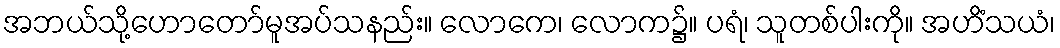
အဘယ်သို့ဟောတော်မူအပ်သနည်း။ လောကေ၊ လောက၌။ ပရံ၊ သူတစ်ပါးကို။ အဟိံသယံ၊